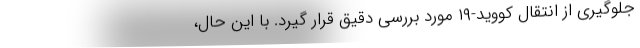
جلوگیری از انتقال کووید-۱۹ مورد بررسی دقیق قرار گیرد. با این حال،